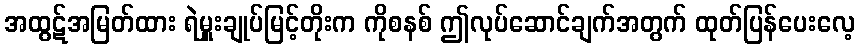
အထွဋ်အမြတ်ထား ရဲမှူးချုပ်မြင့်တိုးက ကိုစနစ် ဤလုပ်ဆောင်ချက်အတွက် ထုတ်ပြန်ပေးလေ့